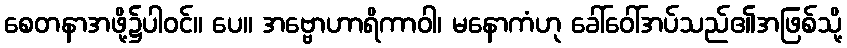
စေတနာအဖို့၌ပါဝင်။ ပေ။ အဗ္ဗောဟာရိကာဝါ၊ မနောကံဟု ခေါ်ဝေါ်အပ်သည်၏အဖြစ်သို့